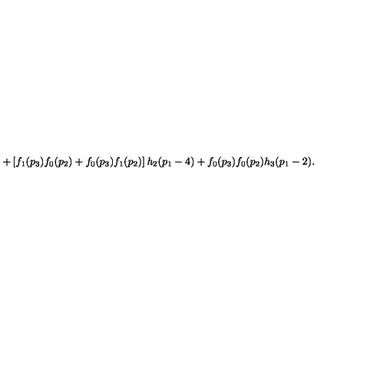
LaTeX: + \left[ f _ { 1 } ( p _ { 3 } ) f _ { 0 } ( p _ { 2 } ) + f _ { 0 } ( p _ { 3 } ) f _ { 1 } ( p _ { 2 } ) \right] h _ { 2 } ( p _ { 1 } - 4 ) + f _ { 0 } ( p _ { 3 } ) f _ { 0 } ( p _ { 2 } ) h _ { 3 } ( p _ { 1 } - 2 ) .